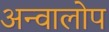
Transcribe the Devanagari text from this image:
अन्वालोप